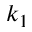
k _ { 1 }